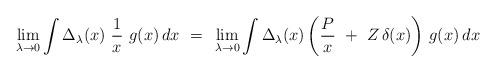
LaTeX: \begin{align*}\lim_{\lambda\to 0} \int \Delta_\lambda(x)~ {1\over x} ~g(x) \,dx~=~\lim_{\lambda\to 0} \int \Delta_\lambda(x) \left( {P\over x}~ +~ Z\,\delta(x) \right) \,g(x) \,dx \end{align*}